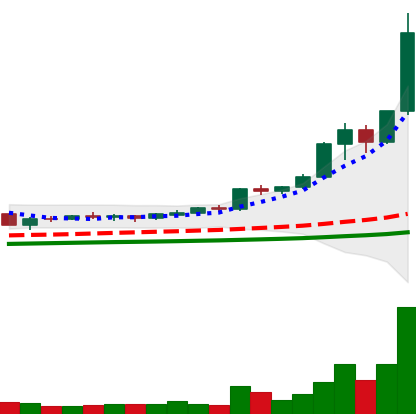
Ticker: BNB-USD
Chart end date: 2021-02-09
Forward return: 26.439%
Label: up_7plus